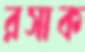
রসাক